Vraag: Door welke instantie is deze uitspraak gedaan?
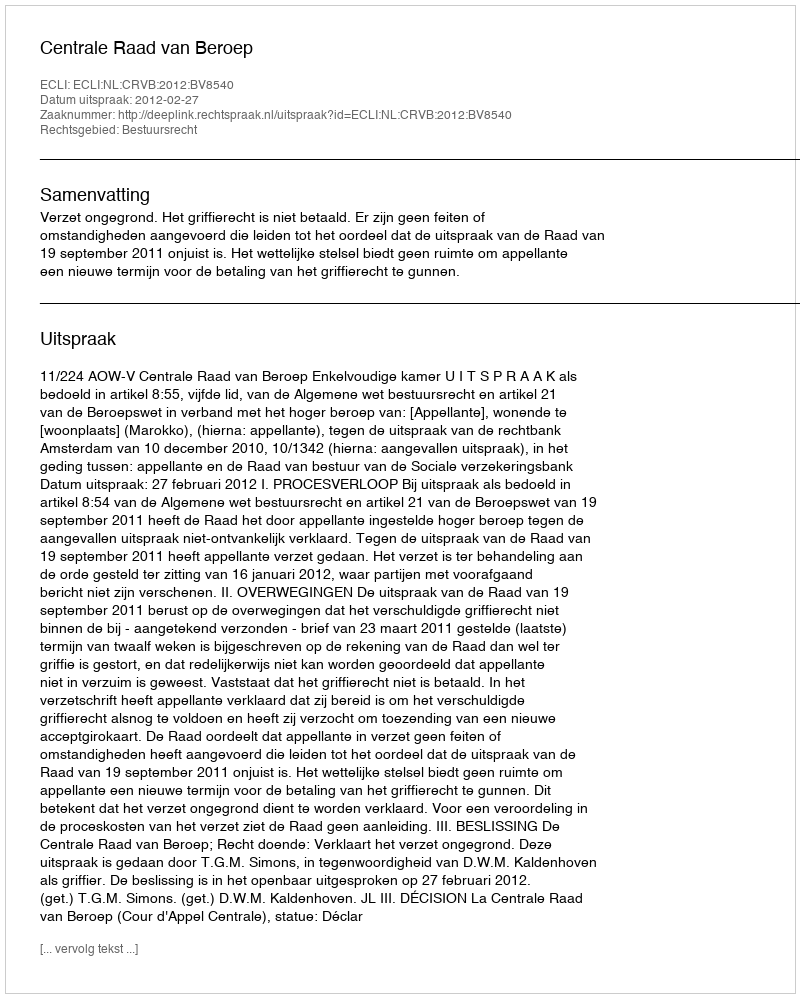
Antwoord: Centrale Raad van Beroep